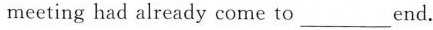
meeting had already come to_end.